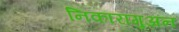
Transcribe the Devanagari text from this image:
निकारागुअन